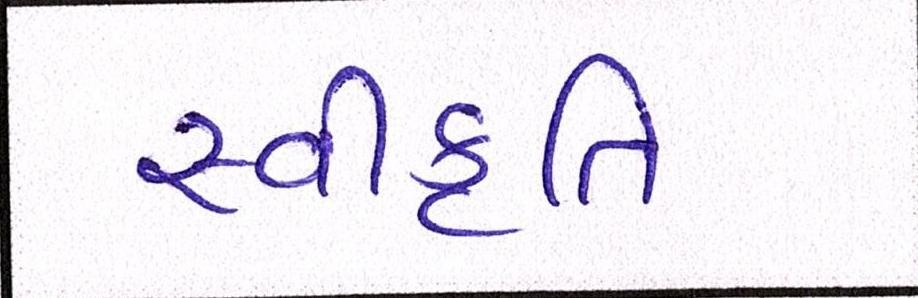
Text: સ્વીકૃતિ